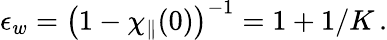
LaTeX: \epsilon_{w}=\left(1-\chi_{\parallel}(0)\right)^{-1}=1+1/K\, .